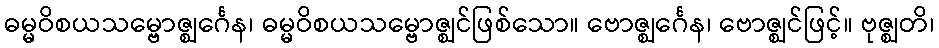
ဓမ္မဝိစယသမ္ဗောဇ္ဈင်္ဂေန၊ ဓမ္မဝိစယသမ္ဗောဇ္ဈင်ဖြစ်သော။ ဗောဇ္ဈင်္ဂေန၊ ဗောဇ္ဈင်ဖြင့်။ ဗုဇ္ဈတိ၊